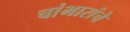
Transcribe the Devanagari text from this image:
चांभारांचे